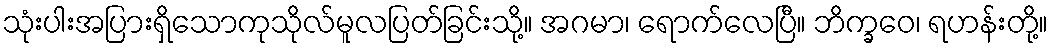
သုံးပါးအပြားရှိသောကုသိုလ်မူလပြတ်ခြင်းသို့။ အဂမာ၊ ရောက်လေပြီ။ ဘိက္ခဝေ၊ ရဟန်းတို့။